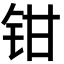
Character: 钳